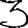
Digit: 3